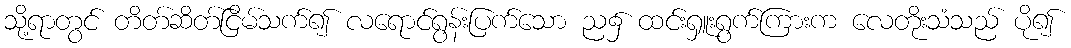
သို့ရာတွင် တိတ်ဆိတ်ငြိမ်သက်၍ လရောင်ရွန်းပြက်သော ည၌ ထင်းရှူးရွက်ကြားက လေတိုးသံသည် ပို၍